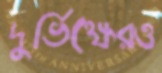
দুর্ভিক্ষেরও